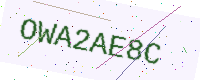
Text: OWA2AE8C